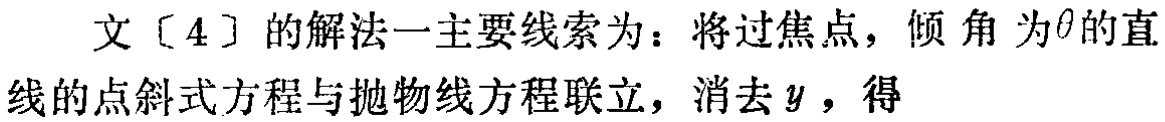
文[4]的解法一主要线索为：将过焦点，倾角为\(\theta\)的直线的点斜式方程与抛物线方程联立，消去\(y\)，得